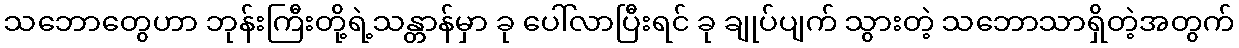
သဘောတွေဟာ ဘုန်းကြီးတို့ရဲ့သန္တာန်မှာ ခု ပေါ်လာပြီးရင် ခု ချုပ်ပျက် သွားတဲ့ သဘောသာရှိတဲ့အတွက်